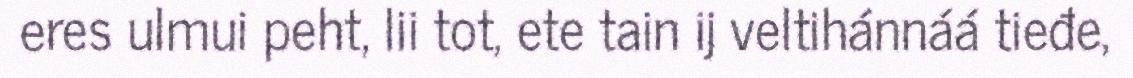
eres ulmui peht, lii tot, ete tain ij veltihánnáá tieđe,